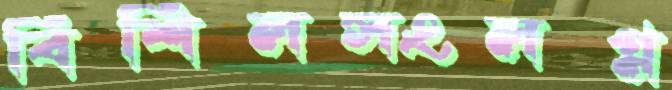
বিশিলসংলগ্ন